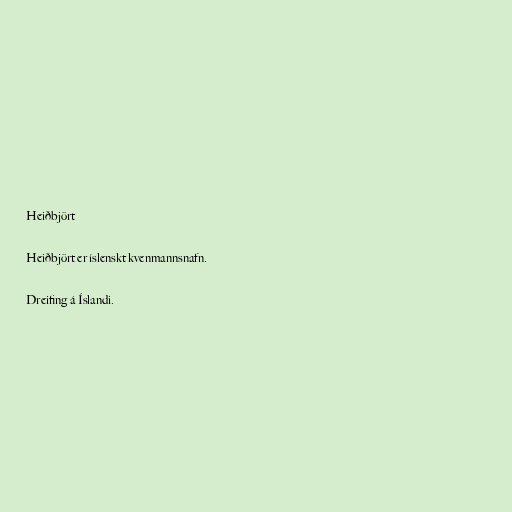
Heiðbjört

Heiðbjört er íslenskt kvenmannsnafn.

Dreifing á Íslandi.